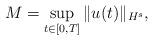
LaTeX: \begin{align*}M=\sup_{t \in [0,T]}\|u(t)\|_{H^s},\end{align*}